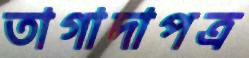
তাগাদাপত্র